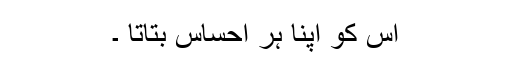
اس کو اپنا ہر احساس بتاتا ۔